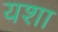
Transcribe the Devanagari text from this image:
यशा